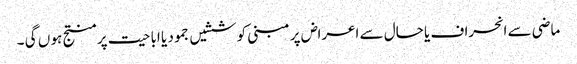
ماضی سے انحراف یا حال سے اعراض پر مبنی کوششیں جمود یا اباحیت پر منتج ہو ں گی ۔